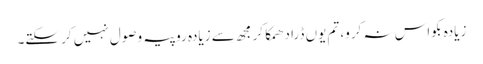
زیادہ بکواس نہ کرو، تم یوں ڈرا دھمکا کر مجھ سے زیادہ روپیہ وصول نہیں کر سکتے۔